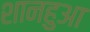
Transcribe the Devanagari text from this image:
शानहुआ